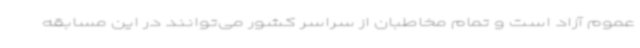
عموم آزاد است و تمام مخاطبان از سراسر کشور می‌توانند در این مسابقه